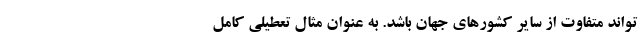
‌تواند متفاوت از سایر کشورهای جهان باشد. به عنوان مثال تعطیلی کامل